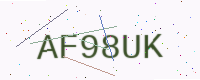
Text: AF98UK